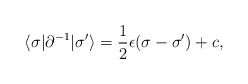
\begin{align*} \langle \sigma| \partial ^{-1}|\sigma'\rangle = \frac{1}{2}\epsilon (\sigma - \sigma ') + c,\end{align*}